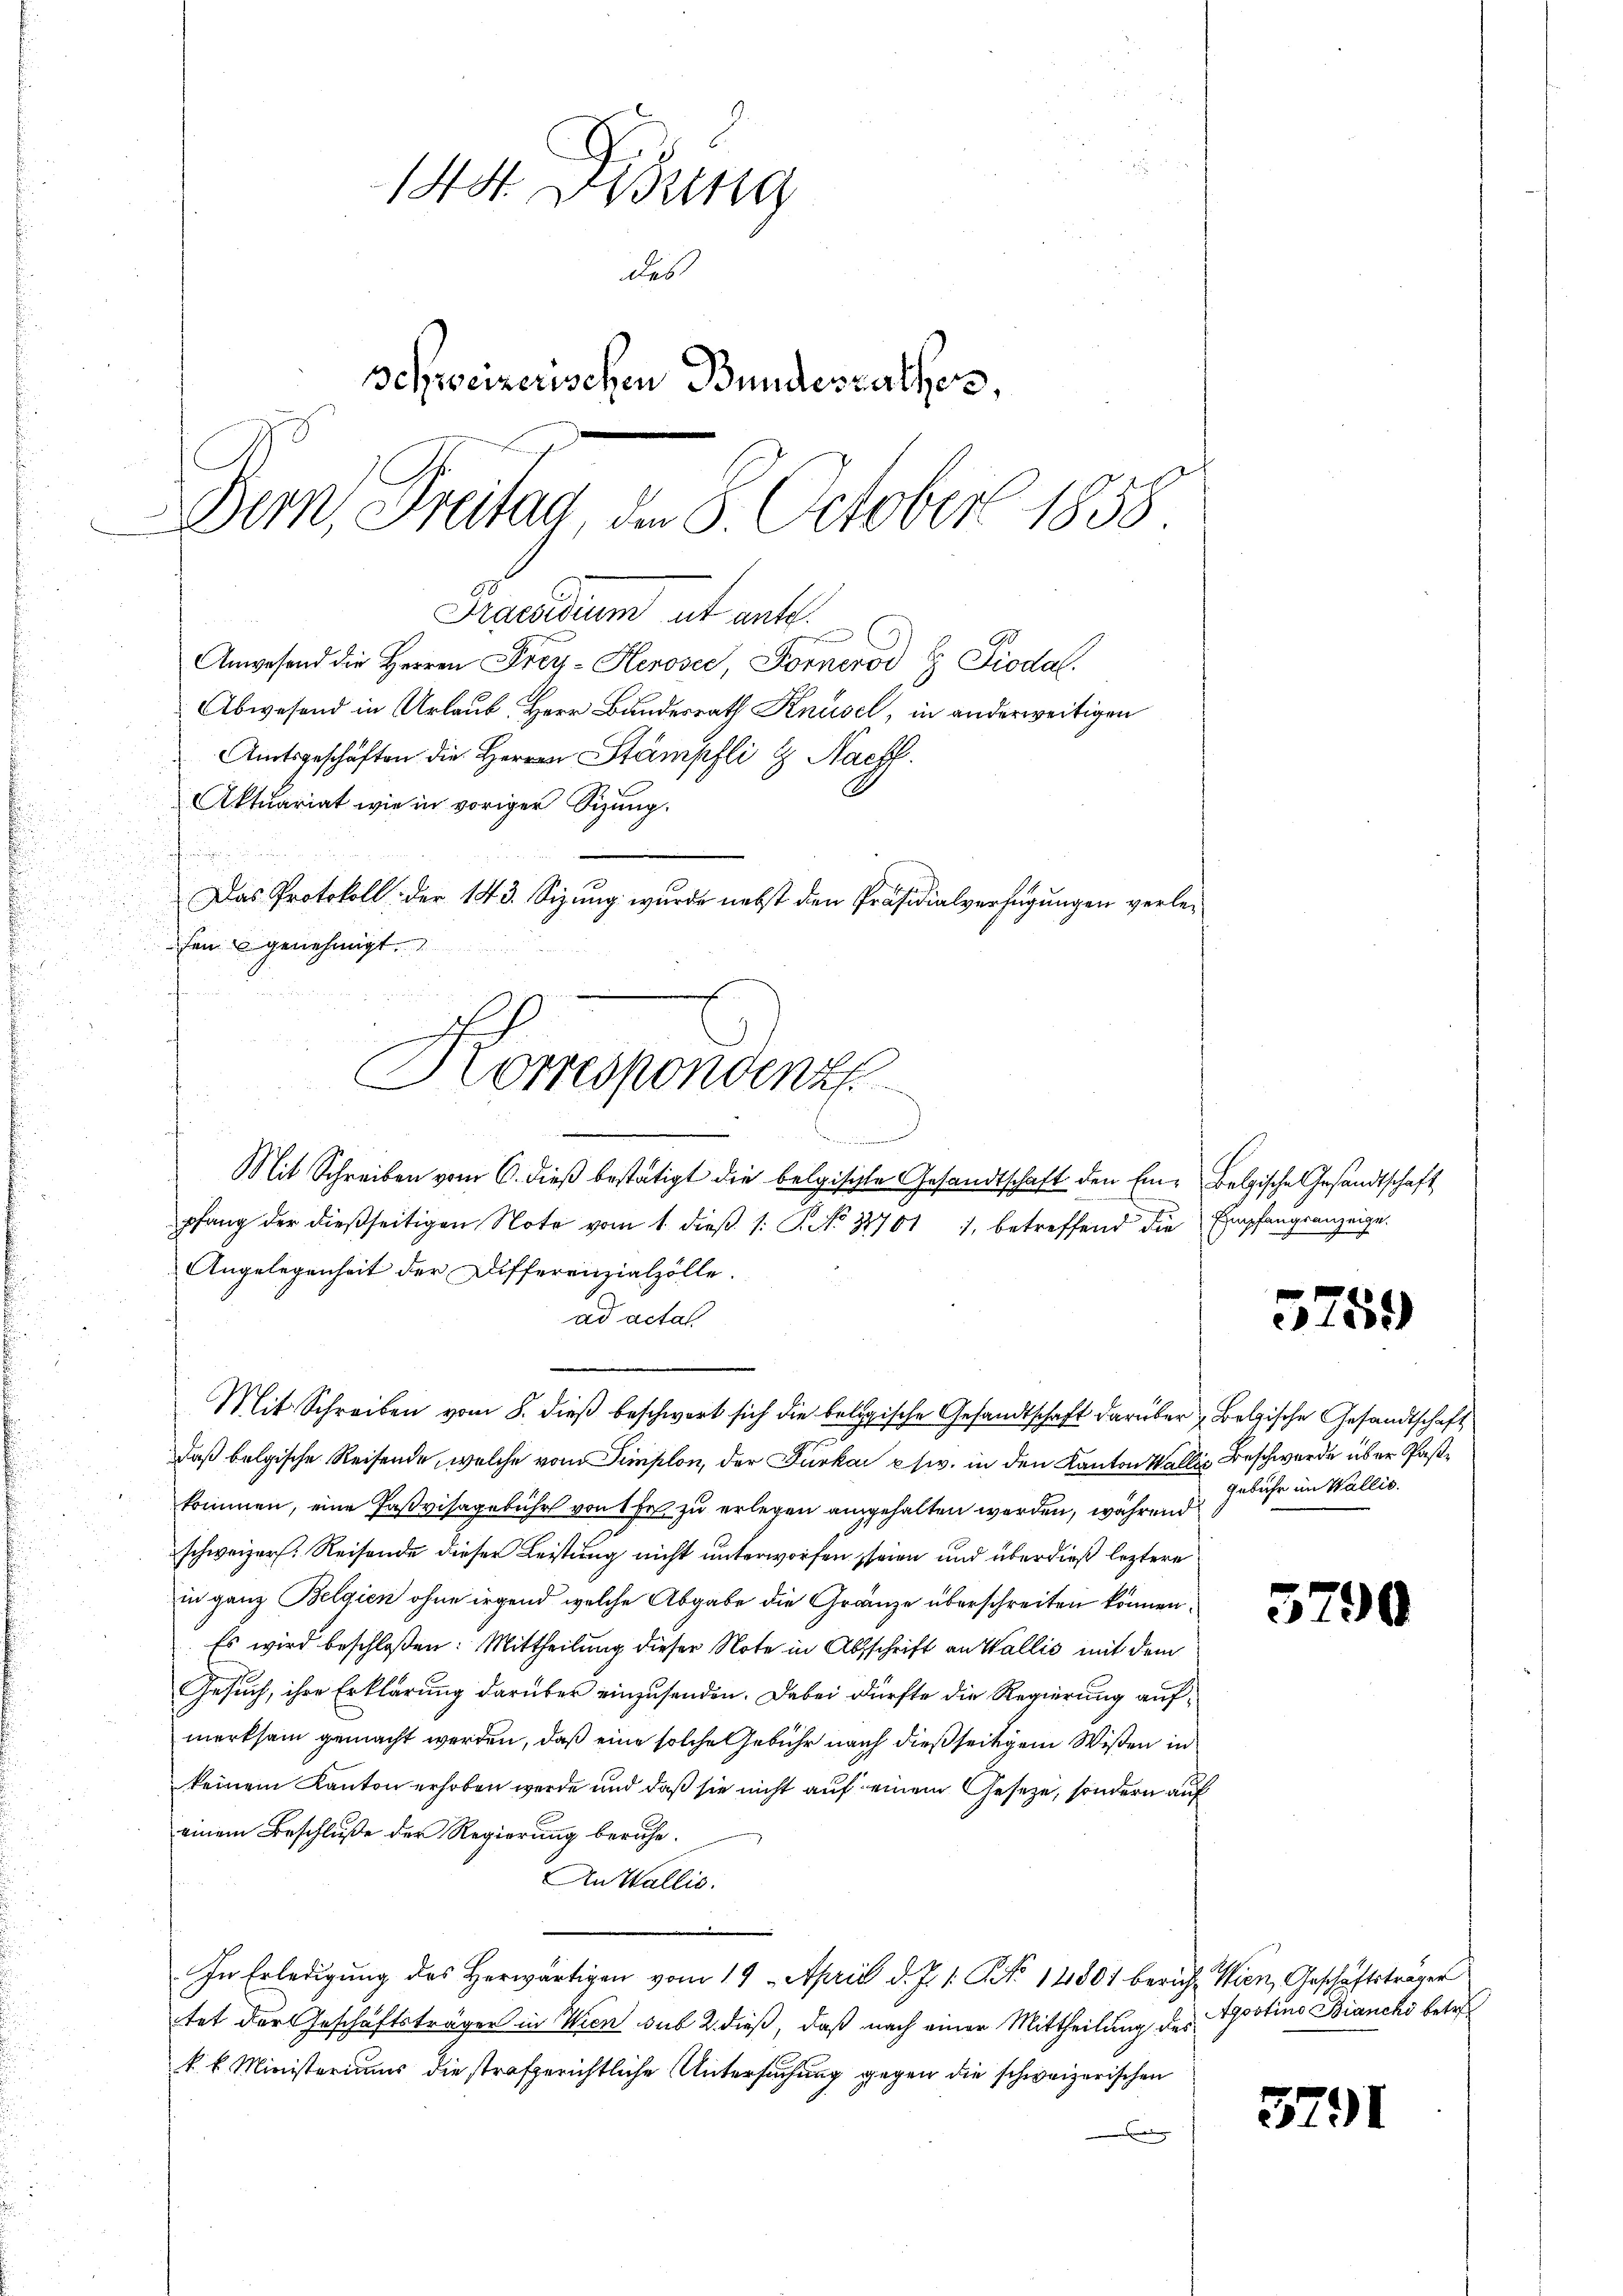
144. Disung
des
schweizerischen Bundesrathes,
Den Tretag, d. 8. October 1858

u
.

Korrespondenz

Mit Schreiben vom 6. dieß bestätigt die belgischte Gesandtschaft den Ein- Belgische Gesandtschaft

Praesidium et entl.
Anwesend die Herren Frey-Heroser, Fornerod E Piodal.
Abwesend in Urlaub, Herr Bundesrath Knüsel, in anderweitigen
Amtsgeschäften die Herren Stämpfli & Nachl
Aktuariat wie in voriger Sizung.
Das Protokoll der 143. Sizung wurde nebst den Präsidialverfügungen verlefen u genehmigt.

pfang der dießseitigen Note vom 1. dieβ 1: P. No 21701 , betreffend die Empfangsanzeige.
Angelegenheit der Differenzialzolle.
ad acta
daß belgische Reisende, welche vom Simplon, der Furka usw. in den Kanton Wallis Beschwerde über Pastkommen, eine Paßvisagebühr von 1 fr zu erlegen angehalten werden, während
schweizer. Reisende dieser Leistung nicht unterworfen seien und überdieß leztere
in ganz Belgien ohne irgend welche Abgabe die Gränze überschreiten können.
Es wird beschloßen: Mittheilung dieser Note in Abschrift an Wallis mit dem
Gesuch, ihre Erklärung darüber einzusenden. Dabei dürfte die Regierung aufmerksam gemacht werden, daß eine solche Gebühr nach dießseitigem Wissen in
keinem Kanton erhoben werde und daß sie nicht auf einem Geseze, sondern auf
einem Beschluße der Regierung beruhe.
An Wallis.
In Erledigung des Herwärtigen vom 19. April d. J. 1. No. 14801 berich. Wien, Geschäftsträger
tet der Geschäftsträger in Wien sub 2. dieß, daß nach einer Mittheilung des
k. k. Ministerium die strafgerichtliche Untersuchung gegen die schweizerischen

Mit Schreiben vom 8. dieß beschwert sich die belogische Gesandtschaft darüber Bolzische Gesandtschaft

5759

gebühr im Wallis.

37

)

Apostins Bianchi betre

3791